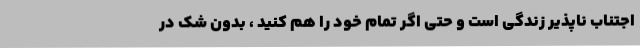
اجتناب ناپذیر زندگی است و حتی اگر تمام خود را هم کنید ، بدون شک در